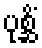
ပုစ္ဆိံ